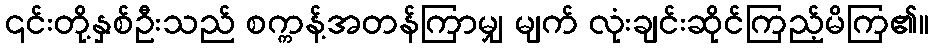
၎င်းတို့နှစ်ဦးသည် စက္ကန့်အတန်ကြာမျှ မျက် လုံးချင်းဆိုင်ကြည့်မိကြ၏။